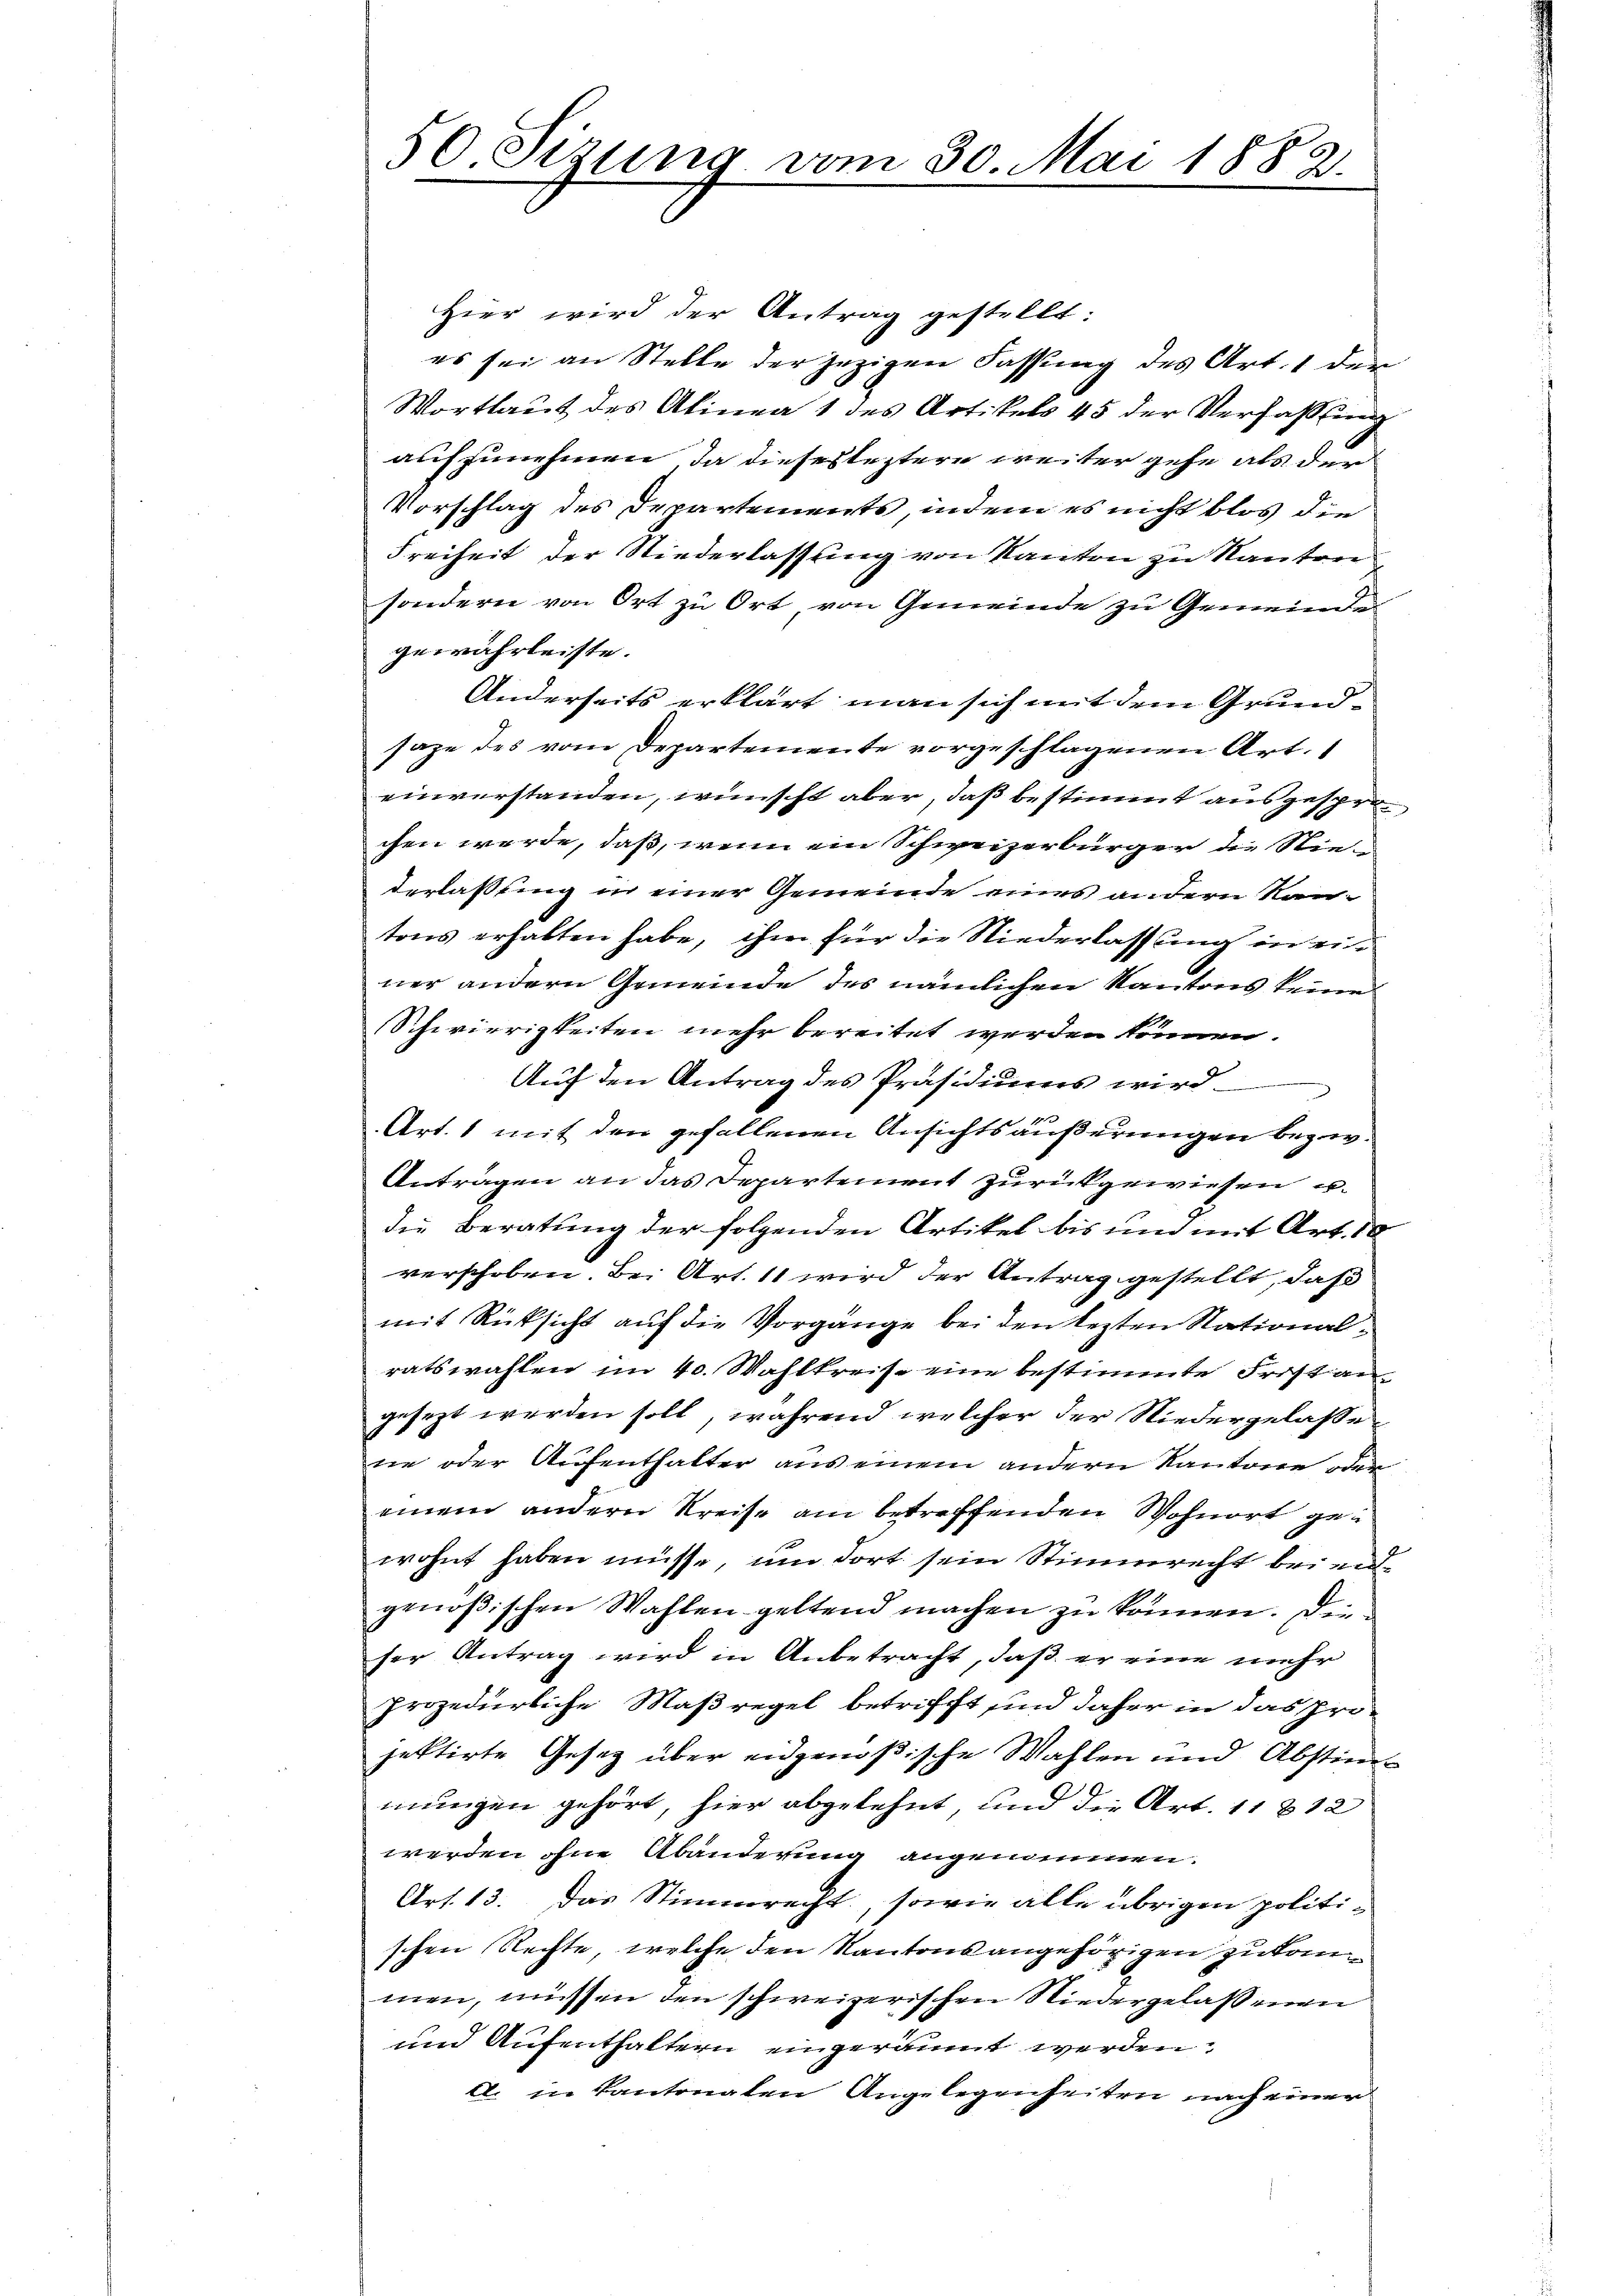
50 Sizung vom 30. Mai 1882.

Hier wird der Antrag gestellt:
es sei an Stelle der jezigen Fassung des Art. 1 der
Wortlaut des Alinea 1 des Artikels 45 der Verfassung
aufzunehmen, da dieses leztere weiter gehe als der
Vorschlag des Departements, indem es nicht blos die
Freiheit der Niederlassung von Kanton zu Nanten
sondern von Ort zu Ort, von Gemeinde zu Gemeinde
gewährleiste.
Anderseits erklärt man sich mit dem Grundsaze des vom Departemente vorgeschlagenen Art. 1
einverstanden, wünscht aber, daß bestimmt ausgesprächen werde, daß, wenn ein Schweizerbürger die Niederlassung in einer Gemeinde eines andern Kantons erhalten habe, ihm für die Niederlassung in einer andern Gemeinde des nämlichen Kantons keine
Schwierigkeiten mehr bereitet werden können.
Auf den Antrag des Präsidiums wird.
Art. 1 mit den gefallenen Ansichtsäußerungen bezw.
Antragen an das Departement zurückgewiesen u.
die Beratung der folgenden Artikel bis und mit Art. 10
verschoben. Bei Art. 11 wird der Antrag gestellt, daß
mit Rücksicht auf die Vorgänge bei den lezten Nationalratswahlen im 40. Wahlkreise eine bestimmte Frist an
gesezt werden soll, während welcher der Niedergelaße
ne oder Aufenthalter aus einem andern Kantone oder
einem andern Kreise am betreffenden Wohnort gewohnt haben müsse, um dort sein Stimmrecht bringenößischen Wahlen geltend machen zu können. Die
ser Antrag wird in Anbetracht, daß er eine mehr
prozedurliche Maßregel betrifft und daher in das projektirte Gesetz über eidgenößische Wahlen und Abstimmungen gehört, hier abgelehnt, und die Art. 11 & 12
werden ohne Abänderung angenommen.
Art. 13. Das Stimmrecht, sowie alle übrigen politischen Rechte, welche den Kantonsangehörigen zukommen, müssen den schweizerischen Niedergelassenen
und Aufenthaltern eingeräumt werden,
l. in Kantonalen Angelegenheiten nach einer